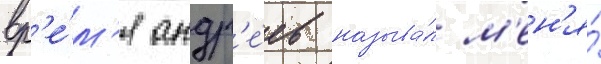
вр'е́м'я андр'е́ев называ́л м'ен'я́